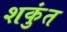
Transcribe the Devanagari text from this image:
शकुंत